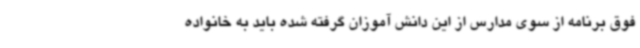
فوق برنامه از سوی مدارس از این دانش آموزان گرفته شده باید به خانواده